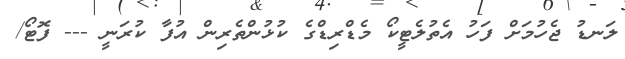
ލަނޑު ޖެހުމަށް ފަހު އެތުލެޓީކޯ މެޑްރިޑްގެ ކުޅުންތެރިން އުފާ ކުރަނީ --- ފޮޓޯ/